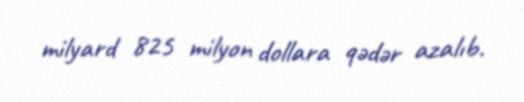
milyard 825 milyon dollara qədər azalıb.